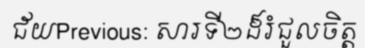
ជ័យPrevious: សារទី២ដ៏រំជួលចិត្ត